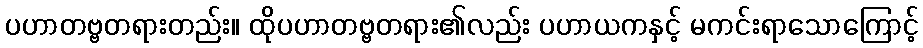
ပဟာတဗ္ဗတရားတည်း။ ထိုပဟာတဗ္ဗတရား၏လည်း ပဟာယကနှင့် မကင်းရာသောကြောင့်